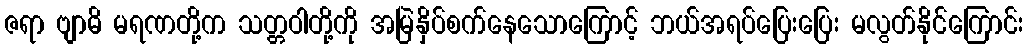
ဇရာ ဗျာဓိ မရဏတို့က သတ္တဝါတို့ကို အမြဲနှိပ်စက်နေသောကြောင့် ဘယ်အရပ်ပြေးပြေး မလွတ်နိုင်ကြောင်း